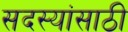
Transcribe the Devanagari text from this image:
सदस्यांसाठी